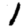
Digit: 1